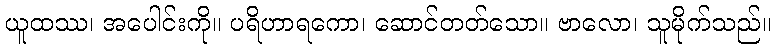
ယူထဿ၊ အပေါင်းကို။ ပရိဟာရကော၊ ဆောင်တတ်သော။ ဗာလော၊ သူမိုက်သည်။